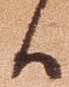
候